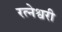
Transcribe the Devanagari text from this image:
रत्नेश्वरी